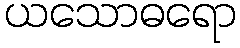
ယသောဓရော